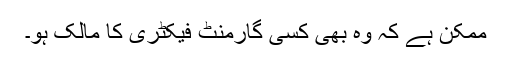
ممکن ہے کہ وہ بھی کسی گارمنٹ فیکٹری کا مالک ہو۔